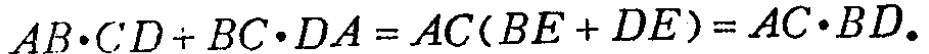
\(AB\cdot CD + BC\cdot DA = AC(BE + DE)=AC\cdot BD.\)